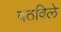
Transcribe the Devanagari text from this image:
वठविले